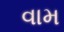
વામ